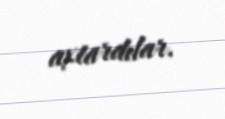
axtardılar.